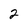
Character: 2